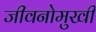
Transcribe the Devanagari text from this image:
जीवनोमुखी